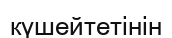
күшейтетінін